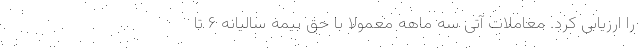
را ارزیابی کرد. معاملات آتی سه ماهه معمولا با حق بیمه سالیانه ۶ تا